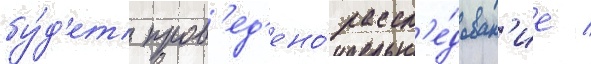
бу́д'ет пров'ед'ено́ рассл'е́дован'ие /